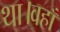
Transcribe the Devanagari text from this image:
था।वहाँ